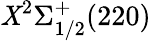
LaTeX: \mathit{X}^{2}\Sigma_{1/2}^{+}(220)